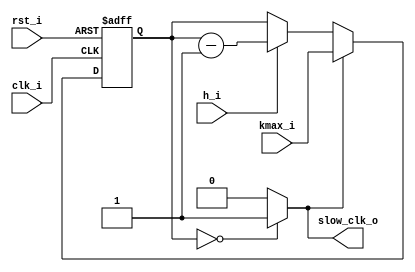
// Name: clk_div.v
//
// Description: Contador descendente que genera un timer de 400us

module clk_div_adc #(
  parameter Width = 8
) ( 
  input             rst_i,
  input             clk_i,
  input             h_i,
  input [Width-1:0] kmax_i,
  output            slow_clk_o
);

  wire [Width-1:0] mux1;
  wire [Width-1:0] mux2_d;
  wire comp;
  reg [Width-1:0] reg_q;

  assign mux1 = (h_i) ? reg_q - 1 : reg_q;
  assign mux2_d = (comp) ? kmax_i : mux1;
  assign comp = ( reg_q == {Width{1'b0}} ) ? 1'b1 : 1'b0;

  always @(posedge clk_i, posedge rst_i) begin
    if (rst_i)
      reg_q <= 0;
    else
      reg_q <= mux2_d;
  end

  assign slow_clk_o = comp;

endmodule